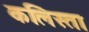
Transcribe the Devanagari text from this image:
कलिस्ता